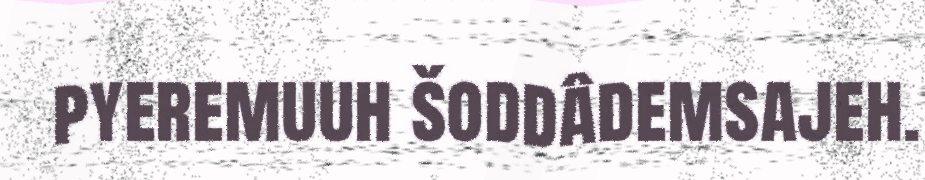
pyeremuuh šoddâdemsajeh.